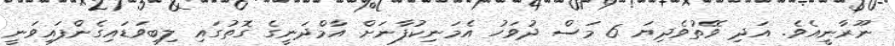
ނޫރާނީއެވެ. އަދި ވޭތުވެދިޔަ 6 މަސް ދުވަހު އެމަނިކުފާނަށް އާމްދަނީގެ ގޮތުގައި ލިބިވަޑައިގެންފައިވަނީ